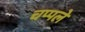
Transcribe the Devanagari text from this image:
चप्पले